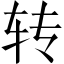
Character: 转